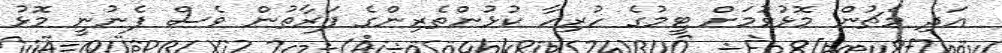
އަދި މެޗުން މޮޅުވުމަށް ޓީމުގެ ހުރިހާ ކުޅުންތެރިންގެ ފަރާތުން ވެސް ފެނުނީ މޮޅު